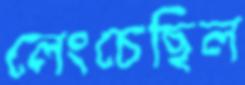
লেংচেছিল